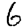
Digit: 6